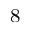
^ \mathrm { 8 }